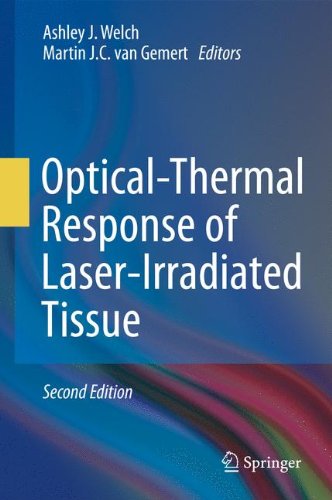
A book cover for Optical-Thermal Response of Laser-Irradiated Tissue; Medical Books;